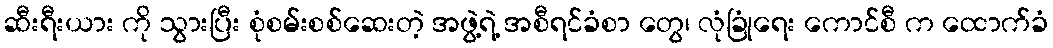
ဆီးရီးယား ကို သွားပြီး စုံစမ်းစစ်ဆေးတဲ့ အဖွဲ့ရဲ့ အစီရင်ခံစာ တွေ၊ လုံခြုံရေး ကောင်စီ က ထောက်ခံ